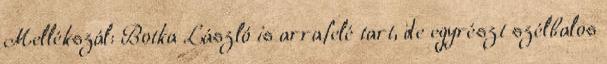
Mellékszál: Botka László is arrafelé tart, de egyrészt szélbalos